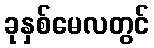
ခုနှစ်မေလတွင်